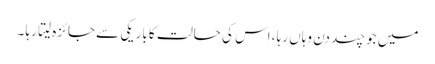
میں جو چند دن وہاں رہا ، اس کی حالت کا باریکی سے جائزہ لیتا رہا ۔